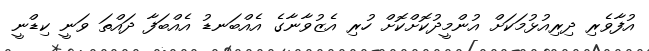
އުފާވެރި ދިރިއުޅުމަކަށް އުންމީދުކޮށްކޮށް ހުރި އެޒުވާނާގެ އެއްބަނޑު އެއްބަފާ ދައްތަ ވަނީ ކިޑްނީ